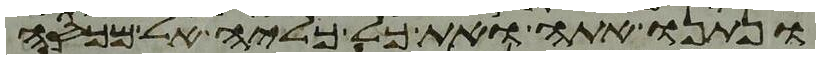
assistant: ונתנו אתה ואת כל כליה אל מכסה